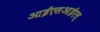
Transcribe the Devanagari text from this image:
आईएसआईएल्